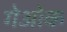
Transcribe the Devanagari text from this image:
गेओक